Voisiku_vallavalitsus, lk 187
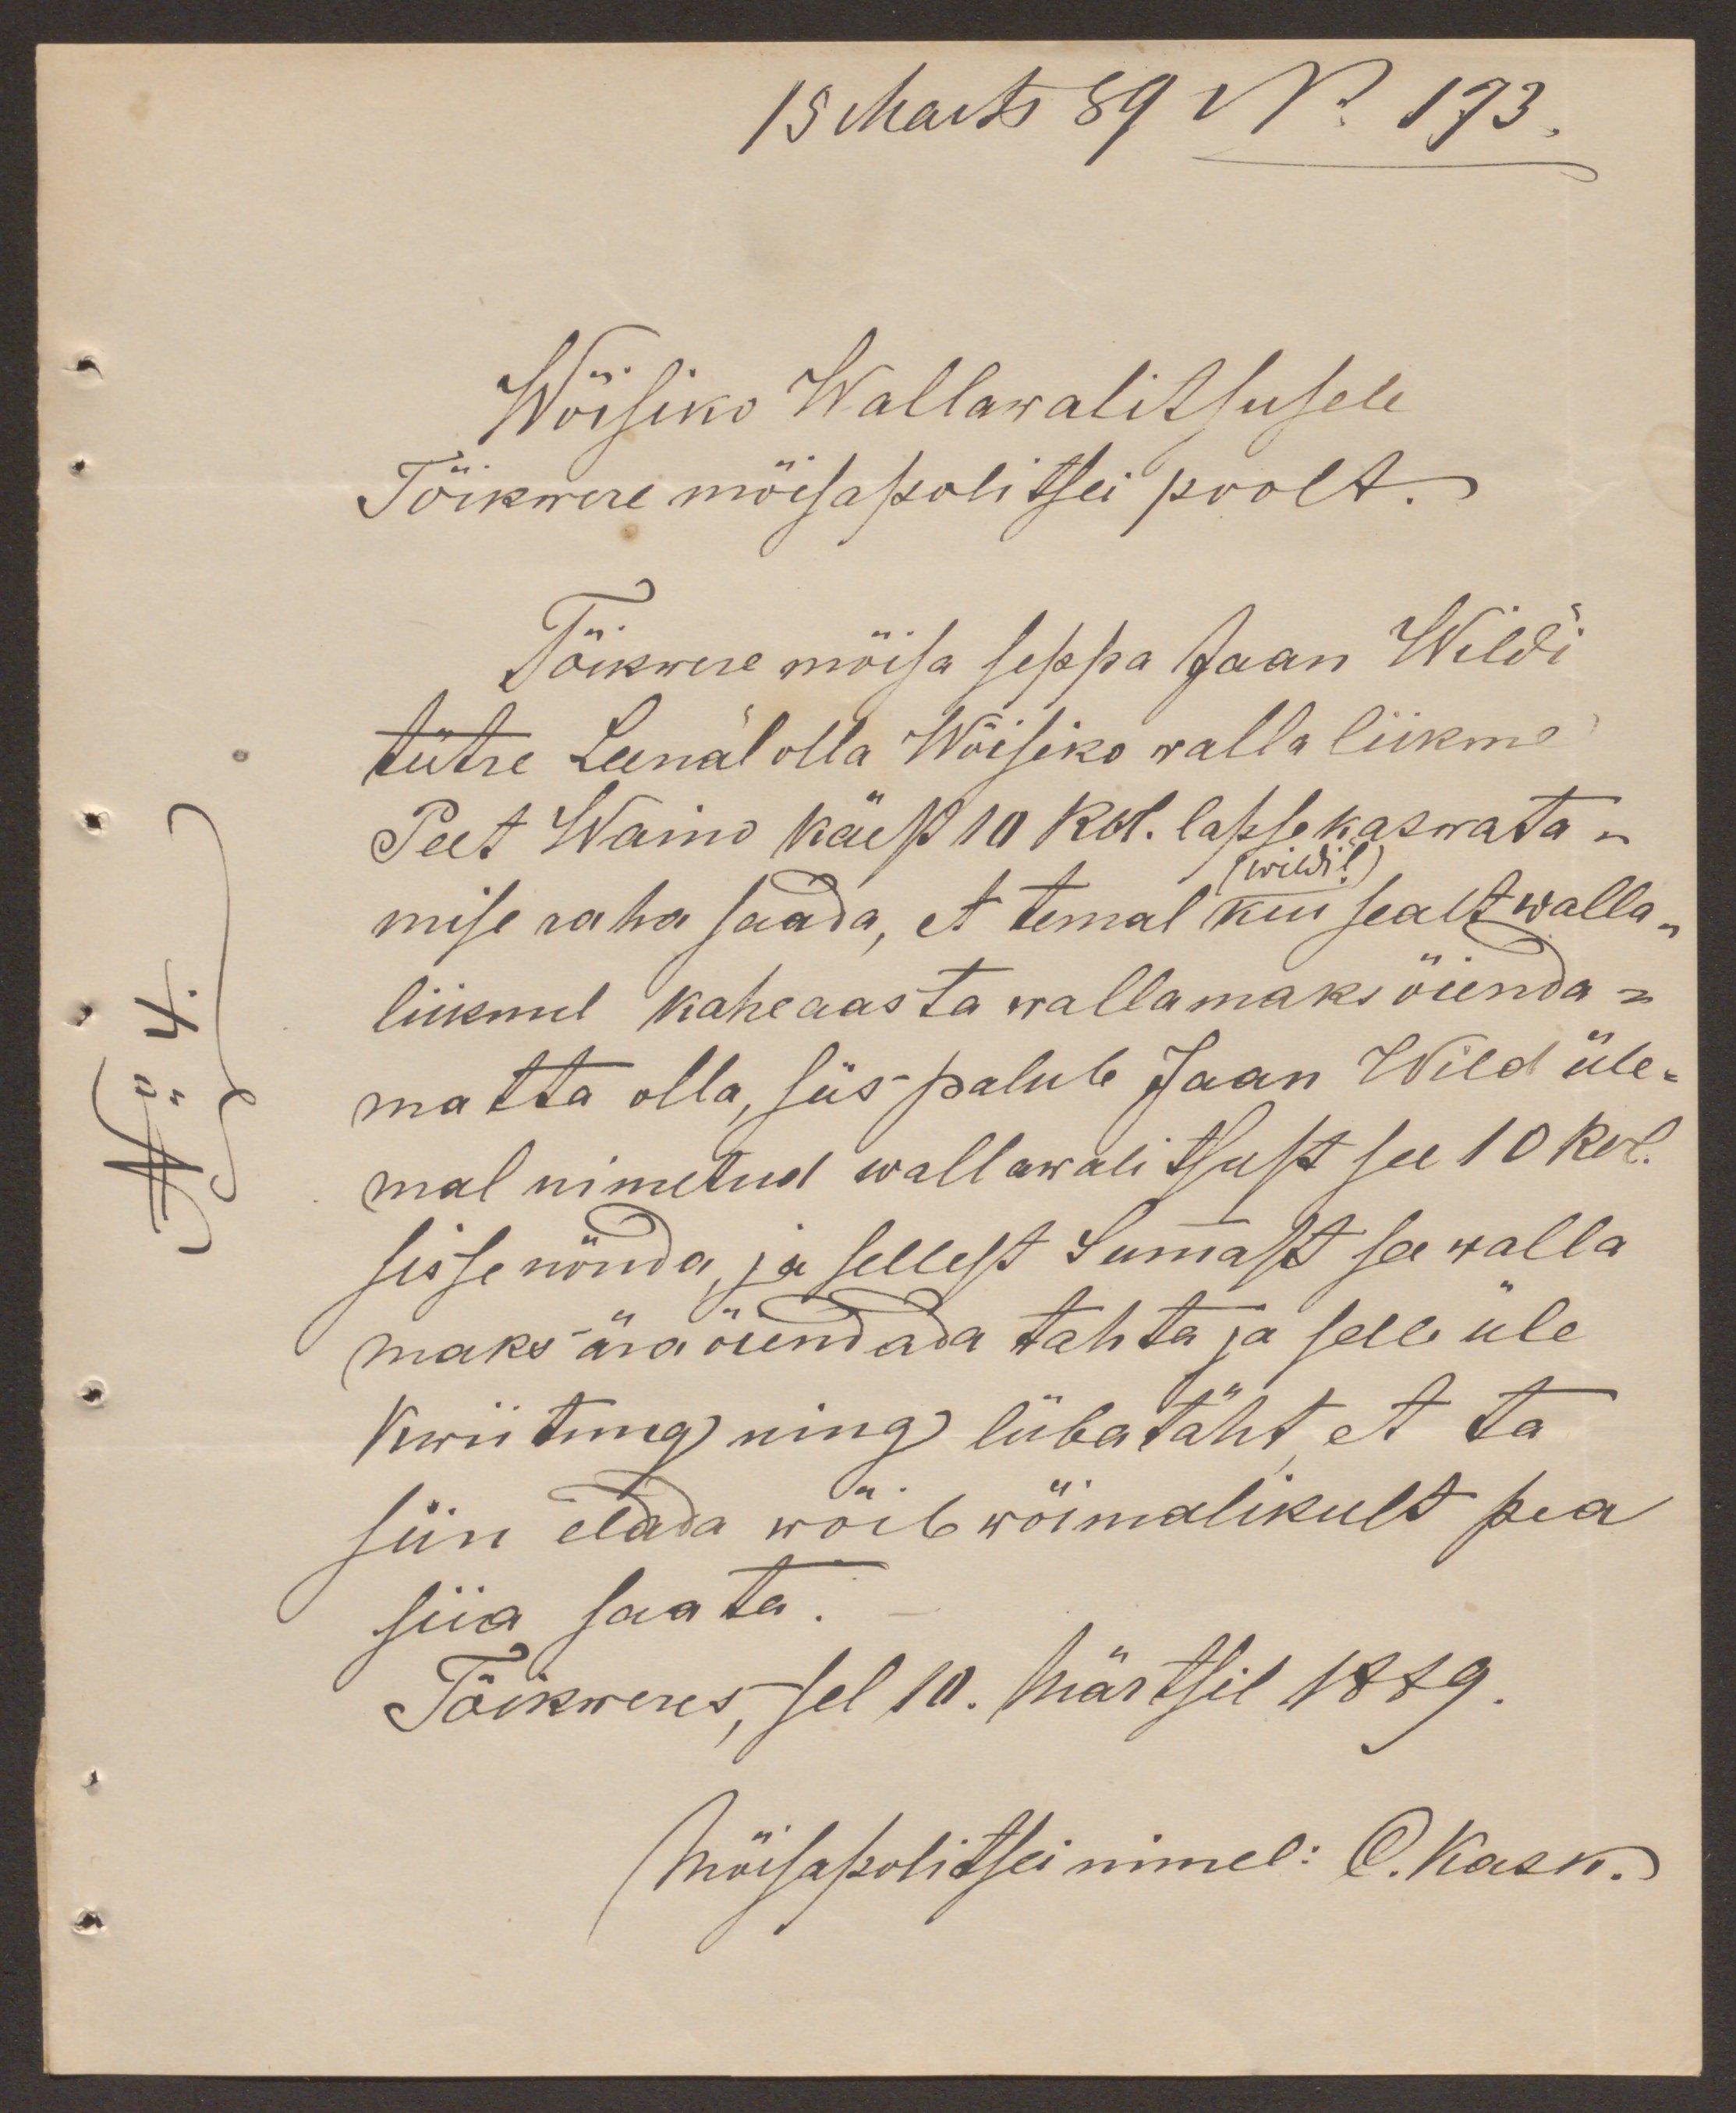
15 Marts 89 No 173.
Wõisiko Wallawalitsusele
Tõikwere mõisapolitsei poolt.
Tõikwere mõisa seppa Jaan Wildi
tütre Leenal olla Wõisiko valla liikme
Peet Waino käest 10 Rbl. lapse kaswata -
wiisil
mise raha saada, et temal kui sealt walla-
liikmel kaheaasta wallamaks õienda-
matta olla, siis palub Jaan Wild üle-
mal nimetud wallawalitsust see 10 Rbl
sisse nöuda ja sellest Summast see walla
maks ära õiendada tahta ja selle üle
Kwiitung ning lübatäht et ta
siin elada wöib wöimalikult pea
siia saata.
Tõikweres, sel 10. Märtsil 1889.
Mõisapolitsei nimel: O. Kask.